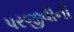
પરજીવીની